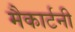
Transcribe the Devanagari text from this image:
मैकार्टनी